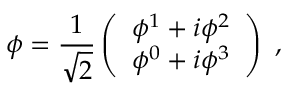
\phi = { \frac { 1 } { \sqrt { 2 } } } \left( { \begin{array} { c } { \phi ^ { 1 } + i \phi ^ { 2 } } \\ { \phi ^ { 0 } + i \phi ^ { 3 } } \end{array} } \right) \ ,